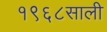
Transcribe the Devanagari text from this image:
१९६८साली